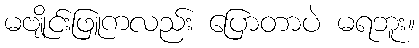
မဗျိုင်းဖြူကလည်း ပြောတာပဲ မရဘူး။